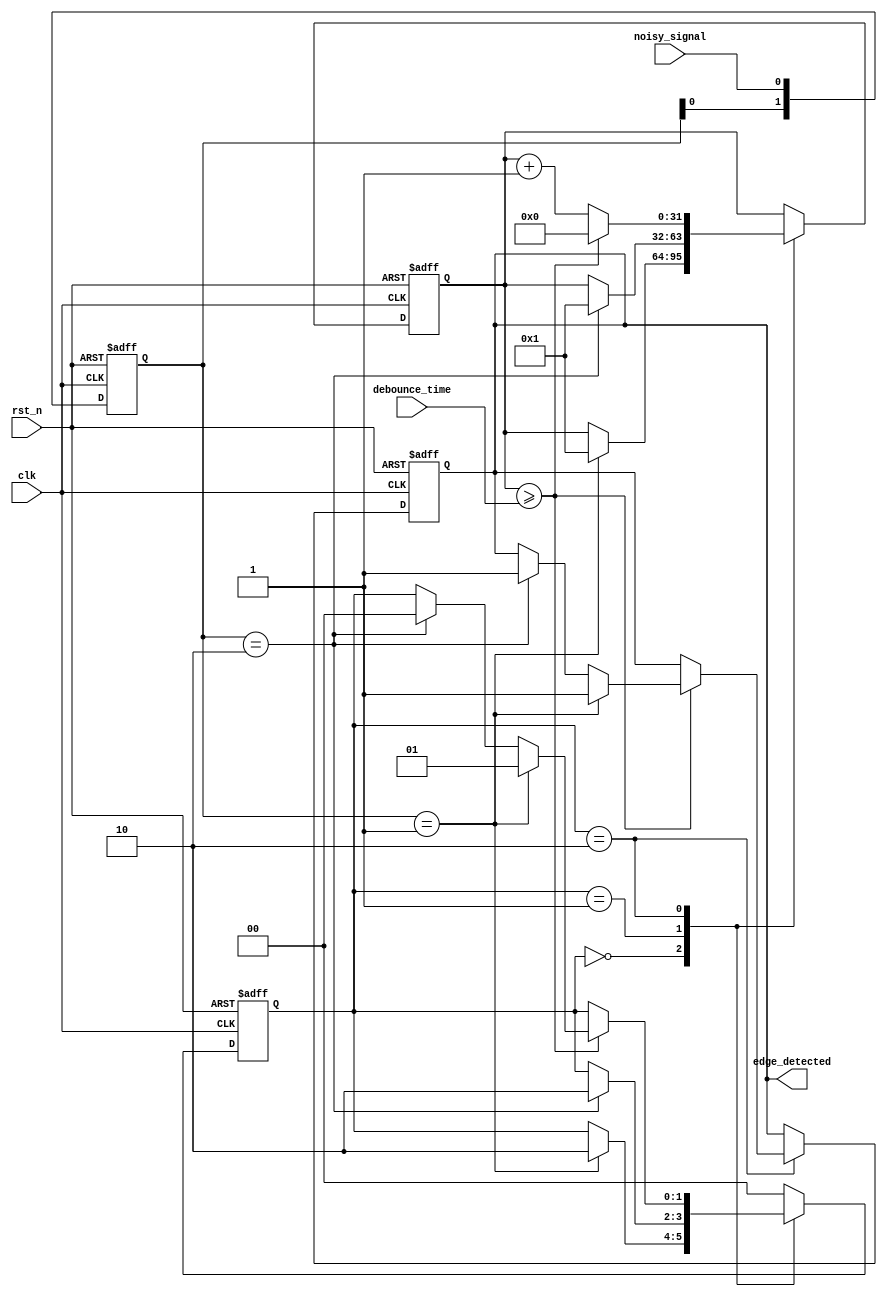
module debounced_edge_detector (
    input wire clk,                  // Clock signal
    input wire rst_n,                // Active low reset
    input wire noisy_signal,         // Noisy input signal
    input wire [31:0] debounce_time, // Configurable debounce time in clock cycles
    output reg edge_detected         // Output signal indicating an edge
);

    // State registers
    reg [1:0] state;                // State: 00 - stable low, 01 - stable high, 10 - edge detected
    reg [31:0] debounce_counter;    // Counter for debouncing
    reg [1:0] current_signal;       // Current and previous signal states
    reg [1:0] previous_signal;

    // State definitions
    localparam STATE_STABLE_LOW = 2'b00;
    localparam STATE_STABLE_HIGH = 2'b01;
    localparam STATE_EDGE_DETECTED = 2'b10;

    // Edge detection logic
    always @(posedge clk or negedge rst_n) begin
        if (!rst_n) begin
            state <= STATE_STABLE_LOW;
            debounce_counter <= 0;
            edge_detected <= 0;
            current_signal <= 2'b00;
            previous_signal <= 2'b00;
        end else begin
            // Update current and previous signal states
            current_signal <= {current_signal[0], noisy_signal}; // Shift in current value
            previous_signal <= current_signal;

            case (state)
                STATE_STABLE_LOW: begin
                    if (current_signal == 2'b01) begin // Transition from low to high
                        debounce_counter <= 1;
                        state <= STATE_EDGE_DETECTED;
                    end
                end

                STATE_STABLE_HIGH: begin
                    if (current_signal == 2'b10) begin // Transition from high to low
                        debounce_counter <= 1;
                        state <= STATE_EDGE_DETECTED;
                    end
                end

                STATE_EDGE_DETECTED: begin
                    debounce_counter <= debounce_counter + 1;

                    if (debounce_counter >= debounce_time) begin
                        if (current_signal == 2'b01) begin
                            edge_detected <= 1; // Rising edge detected
                            state <= STATE_STABLE_HIGH; // Transition to stable high
                        end else if (current_signal == 2'b10) begin
                            edge_detected <= 1; // Falling edge detected
                            state <= STATE_STABLE_LOW; // Transition to stable low
                        end
                        debounce_counter <= 0; // Reset debounce counter
                    end
                end

                default: begin
                    state <= STATE_STABLE_LOW; // Default state
                end
            endcase
        end
    end

endmodule